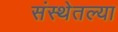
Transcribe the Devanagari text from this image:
संस्थेतल्या